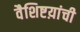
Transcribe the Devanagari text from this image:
वैशिष्टय़ांची